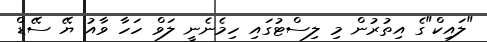
"ލައިކް"ގެ އިތުރުން މި ލިސްޓުގައި ހިމެނެނީ ލަވް ހަހާ ވާއު ޔޭ ސޭޑް